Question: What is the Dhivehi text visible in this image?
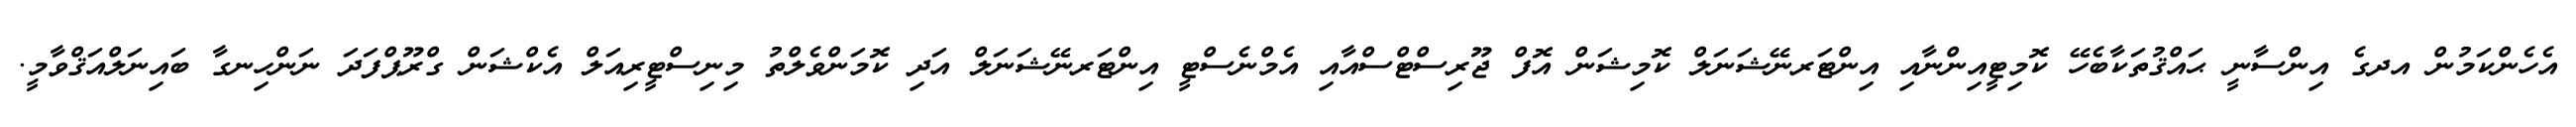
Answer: އެހެންކަމުން އދގެ އިންސާނީ ޙައްޤުތަކާބެހޭ ކޮމިޓީއިންނާއި އިންޓަރނޭޝަނަލް ކޮމިޝަން އޮފް ޖޫރިސްޓްސްއާއި އެމްނެސްޓީ އިންޓަރނޭޝަނަލް އަދި ކޮމަންވެލްތު މިނިސްޓީރިއަލް އެކްޝަން ގްރޫޕްފަދަ ނަންހިނގާ ބައިނަލްއަޤްވާމީ.